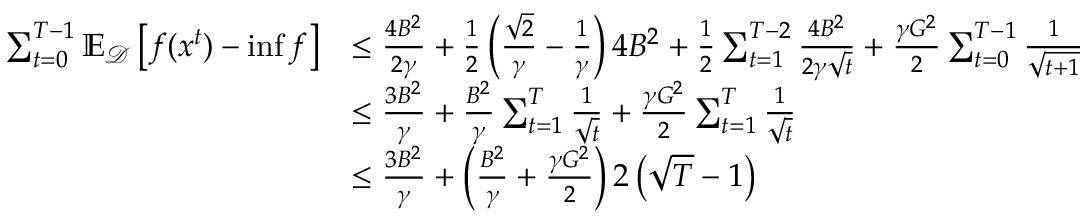
\begin{array} { r l } { \sum _ { t = 0 } ^ { T - 1 } \mathbb { E } _ { \mathcal { D } } \left[ f ( x ^ { t } ) - \operatorname* { i n f } f \right] } & { \leq \frac { 4 B ^ { 2 } } { 2 \gamma } + \frac { 1 } { 2 } \left( \frac { \sqrt { 2 } } { \gamma } - \frac { 1 } { \gamma } \right) 4 B ^ { 2 } + \frac { 1 } { 2 } \sum _ { t = 1 } ^ { T - 2 } \frac { 4 B ^ { 2 } } { 2 \gamma \sqrt { t } } + \frac { \gamma G ^ { 2 } } { 2 } \sum _ { t = 0 } ^ { T - 1 } \frac { 1 } { \sqrt { t + 1 } } } \\ & { \leq \frac { 3 B ^ { 2 } } { \gamma } + \frac { B ^ { 2 } } { \gamma } \sum _ { t = 1 } ^ { T } \frac { 1 } { \sqrt { t } } + \frac { \gamma G ^ { 2 } } { 2 } \sum _ { t = 1 } ^ { T } \frac { 1 } { \sqrt { t } } } \\ & { \leq \frac { 3 B ^ { 2 } } { \gamma } + \left( \frac { B ^ { 2 } } { \gamma } + \frac { \gamma G ^ { 2 } } { 2 } \right) 2 \left( \sqrt { T } - 1 \right) } \end{array}